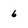
Character: 6